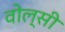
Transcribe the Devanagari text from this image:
वोल्सी